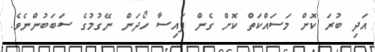
އަދި ބުރަ ކޮށް މަސައްކަތް ކޮށް ގެން ފައިސާ ހޯދަން ނޭގުމުގެ ސަބަބުންނެވެ.